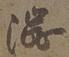
渋